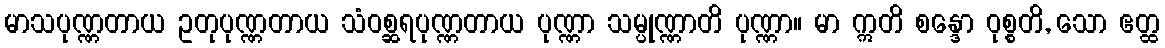
မာသပုဏ္ဏတာယ ဥတုပုဏ္ဏတာယ သံဝစ္ဆရပုဏ္ဏတာယ ပုဏ္ဏာ သမ္ပုဏ္ဏာတိ ပုဏ္ဏာ။ မာ ဣတိ စန္ဒော ဝုစ္စတိ, သော ဧတ္ထ